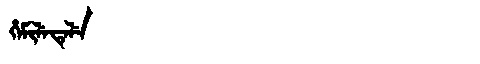
Manchu: ᡥᡝᠮᡳᠯᡝᡨᡝᠯᡝ
Romanization: HEMILETELE